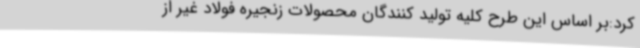
کرد:بر اساس این طرح کلیه تولید کنندگان محصولات زنجیره فولاد غیر از